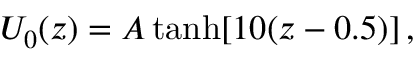
U _ { 0 } ( z ) = A \operatorname { t a n h } [ 1 0 ( z - 0 . 5 ) ] \, ,